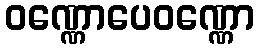
ဝဏ္ဏောပေဝဏ္ဏော